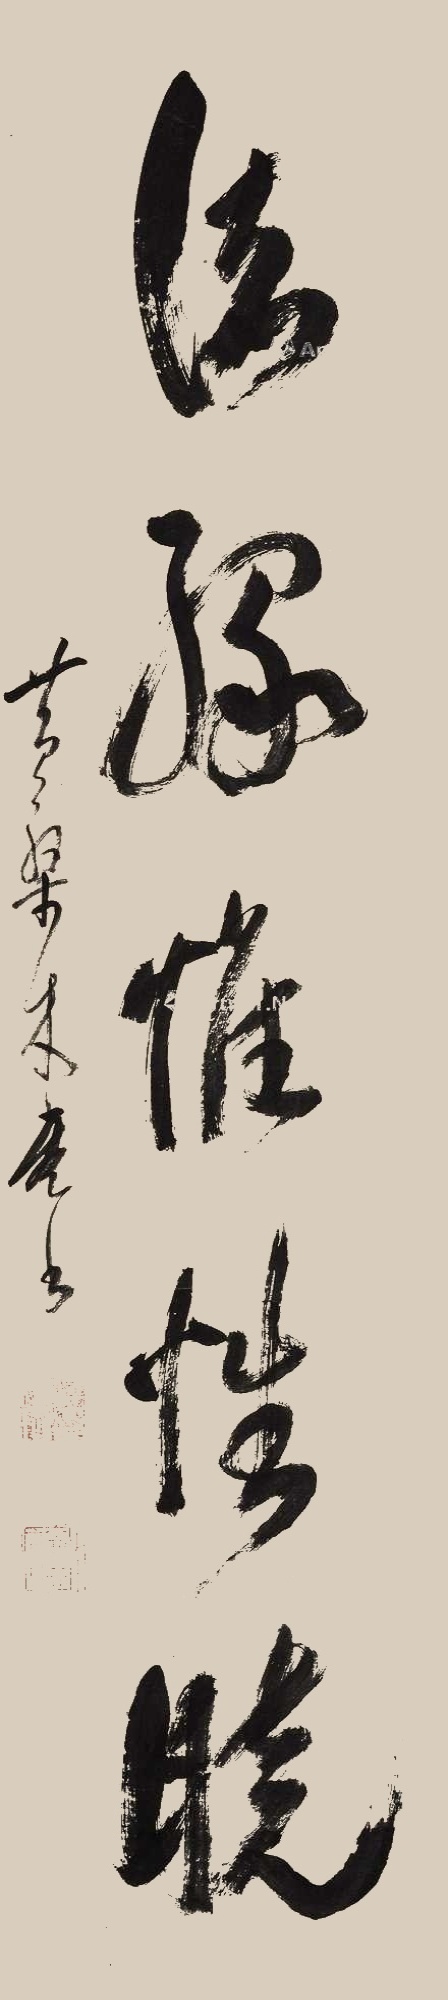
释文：诸缘惟性晓黄檗木庵书。